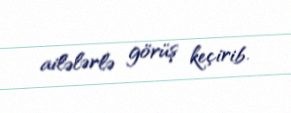
ailələrlə görüş keçirib.